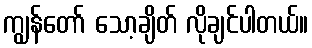
ကျွန်တော် သော့ချိတ် လိုချင်ပါတယ်။